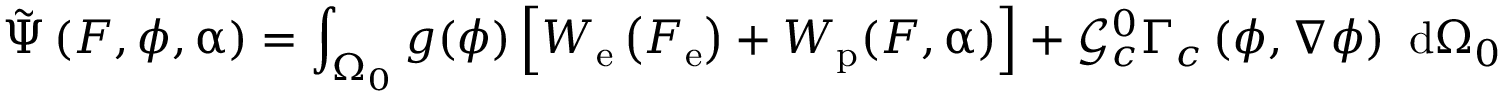
\tilde { \Psi } \left( \boldsymbol { F } , \phi , \boldsymbol { \upalpha } \right) = \int _ { \Omega _ { 0 } } g ( \phi ) \left[ W _ { \mathrm { e } } \left( \boldsymbol { F } _ { \mathrm { e } } \right) + W _ { \mathrm { p } } ( \boldsymbol { F } , \boldsymbol { \upalpha } ) \right] + \mathcal { G } _ { c } ^ { 0 } \Gamma _ { c } \left( \phi , \nabla \phi \right) \ \mathrm { d } \Omega _ { 0 }